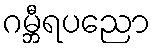
ဂမ္ဘီရပညော